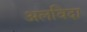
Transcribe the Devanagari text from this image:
अलविदा